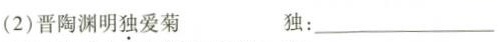
(2)晋陶渊明独爱菊 独：___